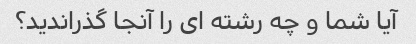
آیا شما و چه رشته ای را آنجا گذراندید؟